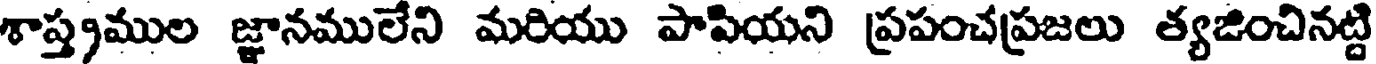
శాస్త్రముల జ్ఞానములేని మరియు పాపియని ప్రపంచప్రజలు త్యజించినట్టి